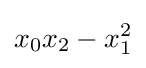
x_{0}x_{2}-x_{1}^{2}